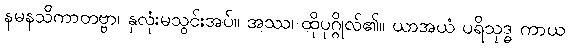
နမနသိကာတဗ္ဗာ၊ နှလုံးမသွင်းအပ်။ အဿ၊ ထိုပုဂ္ဂိုလ်၏။ ယာအယံ ပရိသုဒ္ဓ ကာယ